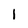
Character: I